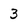
Character: 3